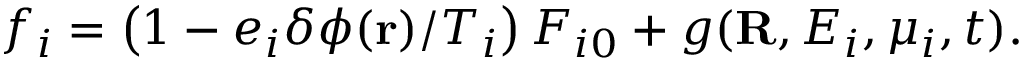
f _ { i } = \left( 1 - e _ { i } \delta \phi ( { \bf r } ) / T _ { i } \right) F _ { i 0 } + g ( { \bf R } , E _ { i } , \mu _ { i } , t ) .